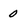
Character: 0